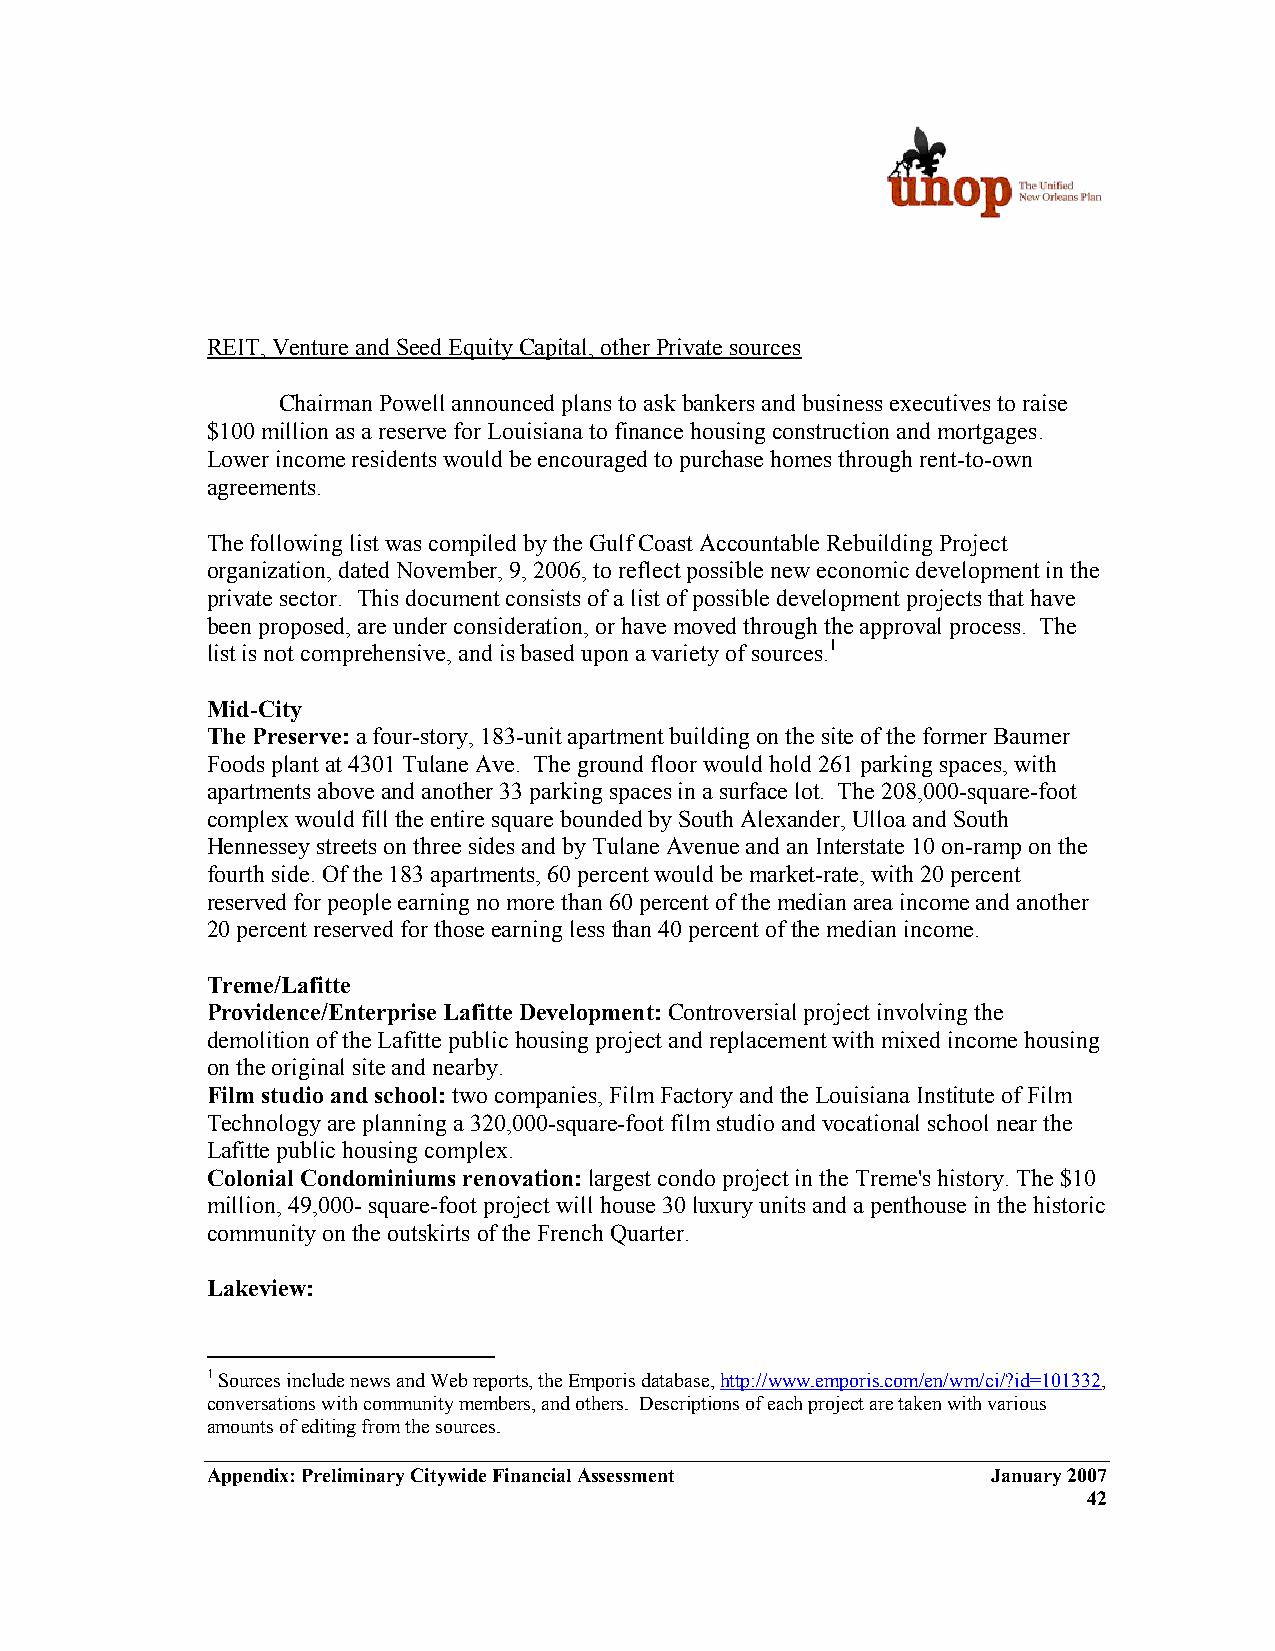
REIT, Venture and Seed Equity Capital, other Private sources
 Chairman Powell announced plans to ask bankers and business executives to raise
 $100 million as a reserve for Louisiana to finance housing construction and mortgages.
 Lower income residents would be encouraged to purchase homes through rent-to-own
 agreements.
 The following list was compiled by the Gulf Coast Accountable Rebuilding Project
 organization, dated November, 9, 2006, to reflect possible new economic development in the
 private sector. This document consists of a list of possible development projects that have
 been proposed, are under consideration, or have moved through the approval process. The
 list is not comprehensive, and is based upon a variety of sources.1
 Mid-City
 The Preserve: a four-story, 183-unit apartment building on the site of the former Baumer
 Foods plant at 4301 Tulane Ave. The ground floor would hold 261 parking spaces, with
 apartments above and another 33 parking spaces in a surface lot. The 208,000-square-foot
 complex would fill the entire square bounded by South Alexander, Ulloa and South
 Hennessey streets on three sides and by Tulane Avenue and an Interstate 10 on-ramp on the
 fourth side. Of the 183 apartments, 60 percent would be market-rate, with 20 percent
 reserved for people earning no more than 60 percent of the median area income and another
 20 percent reserved for those earning less than 40 percent of the median income.
 Treme/Lafitte
 Providence/Enterprise Lafitte Development: Controversial project involving the
 demolition of the Lafitte public housing project and replacement with mixed income housing
 on the original site and nearby.
 Film studio and school: two companies, Film Factory and the Louisiana Institute of Film
 Technology are planning a 320,000-square-foot film studio and vocational school near the
 Lafitte public housing complex.
 Colonial Condominiums renovation: largest condo project in the Treme's history. The $10
 million, 49,000- square-foot project will house 30 luxury units and a penthouse in the historic
 community on the outskirts of the French Quarter.
 Lakeview:
 1 Sources include news and Web reports, the Emporis database, http://www.emporis.com/en/wm/ci/?id=101332,
 conversations with community members, and others. Descriptions of each project are taken with various
 amounts of editing from the sources.
 Appendix: Preliminary Citywide Financial Assessment January 2007
 42